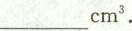
___cm^{3}.